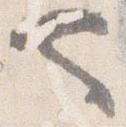
也